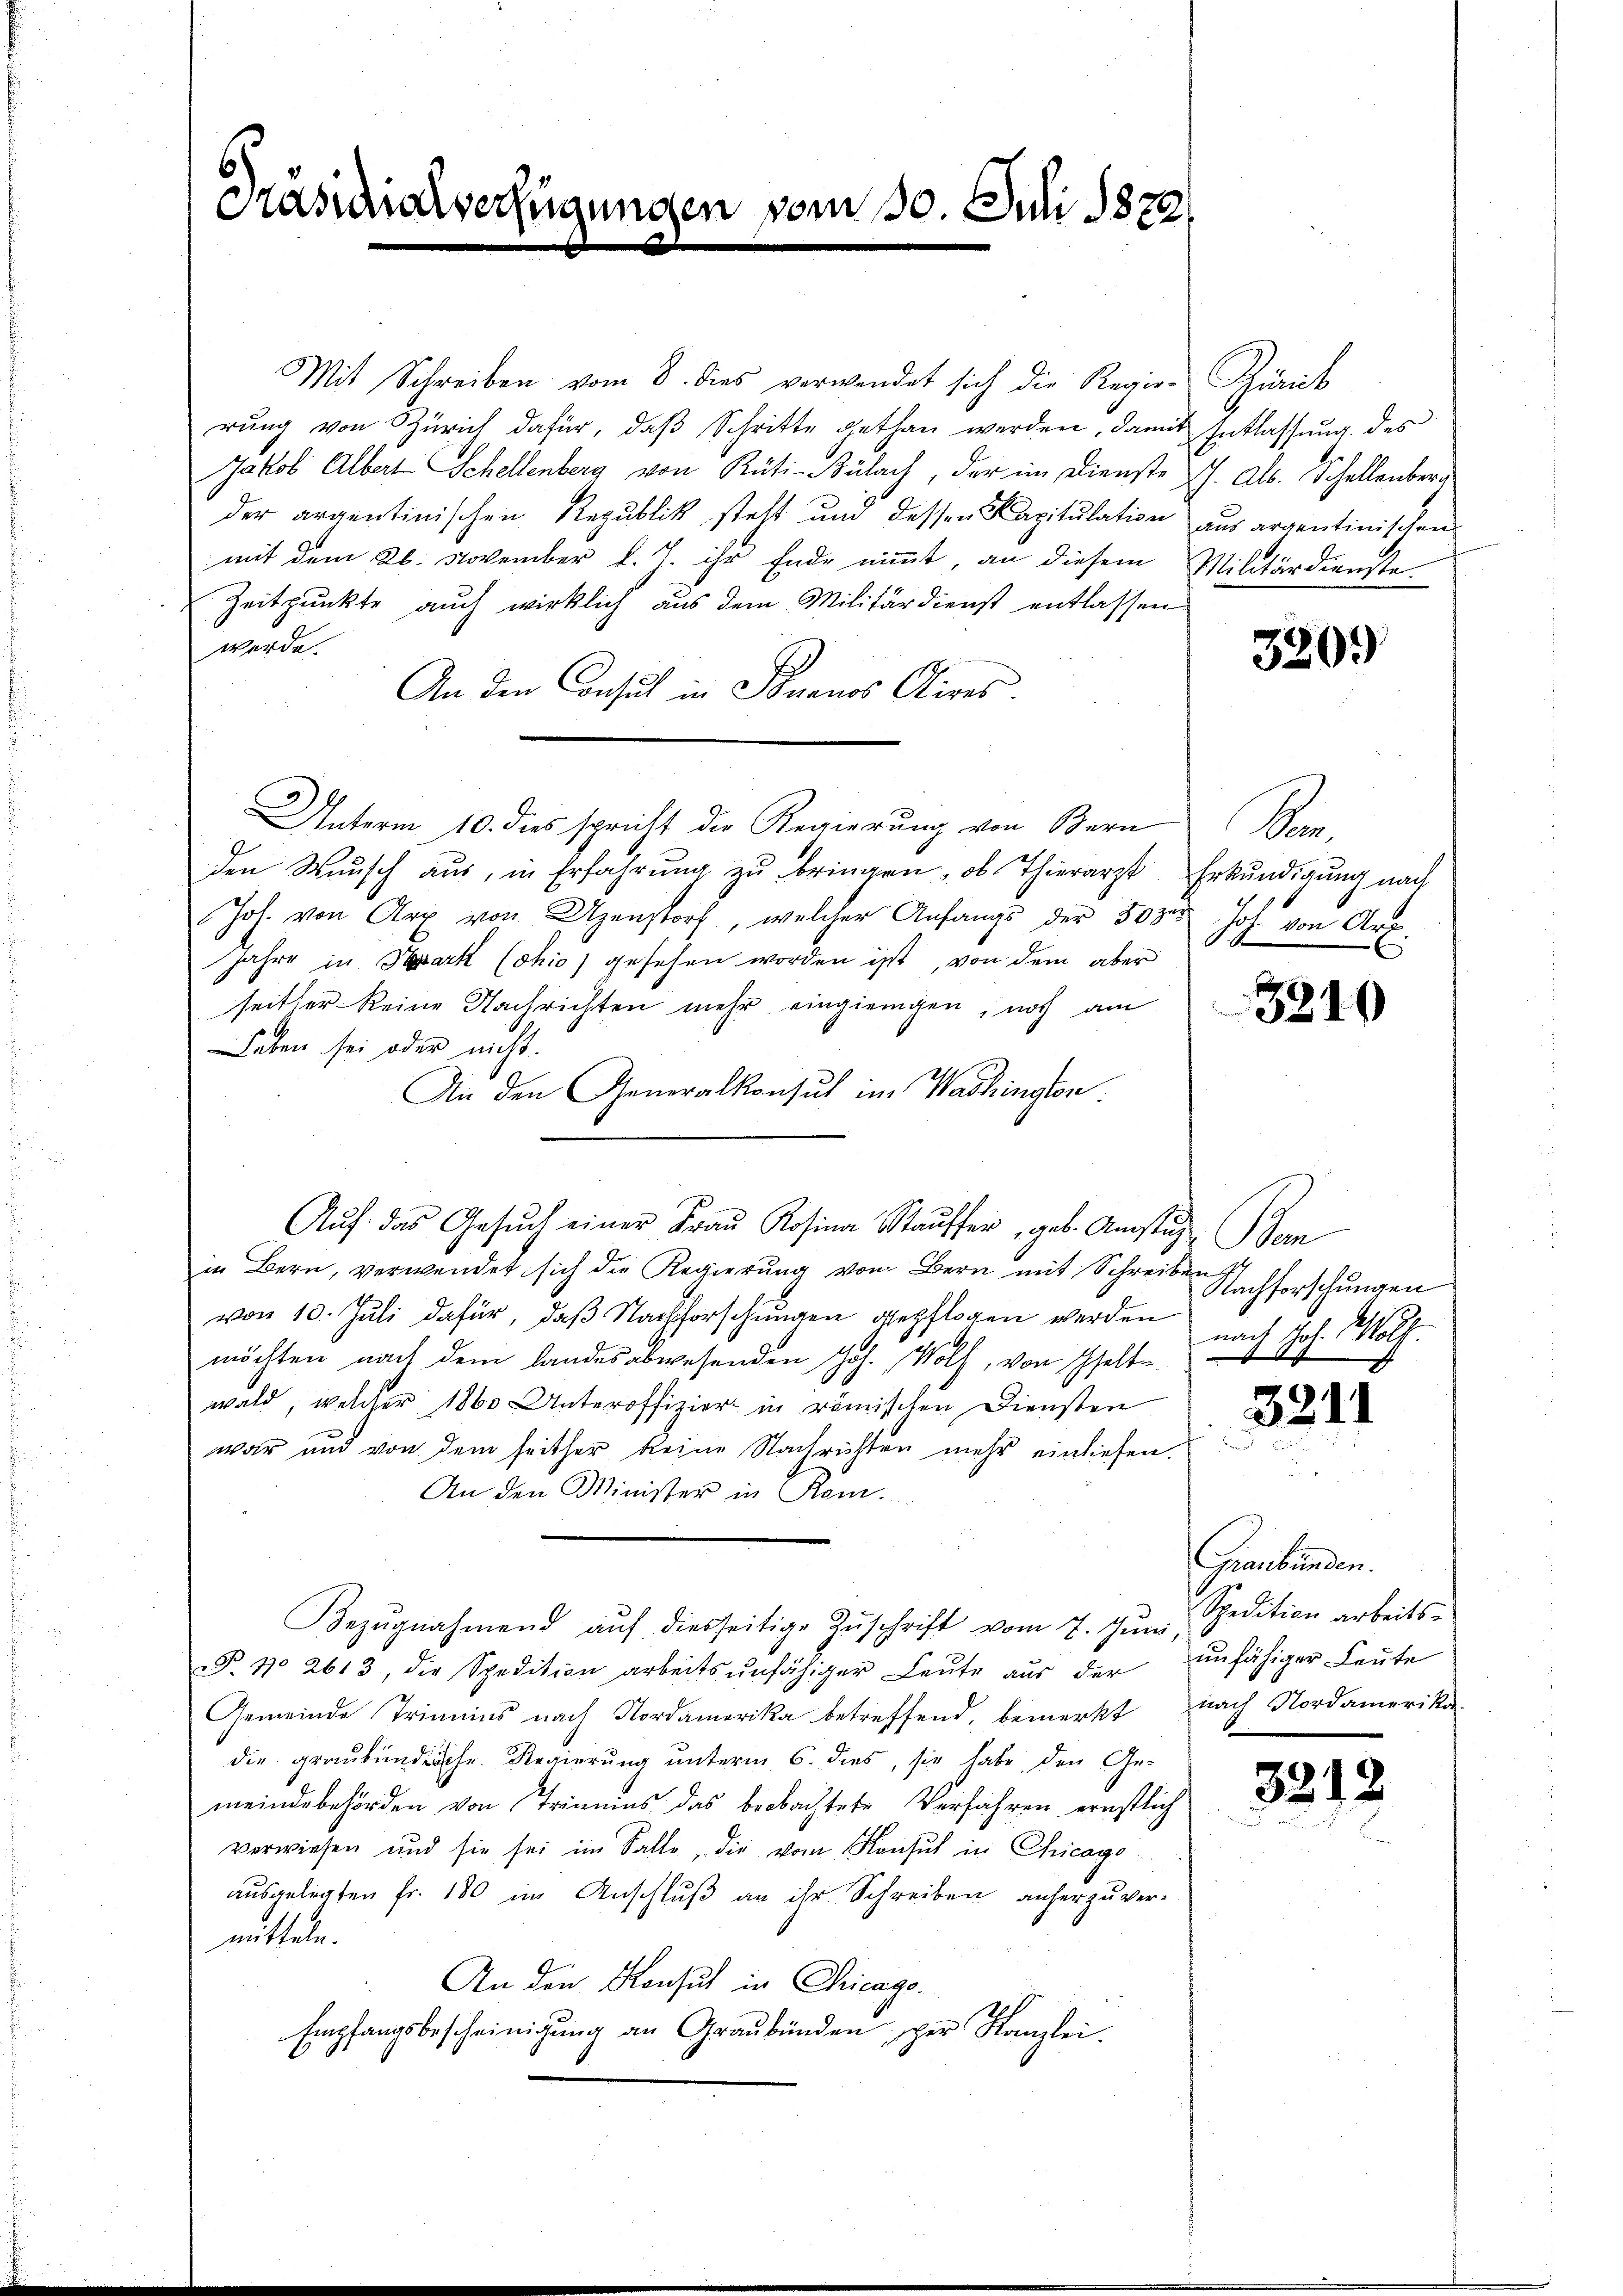
Grasanoverfügungen vom 30. Juli 1879

Mit Schreiben vom 8. dies verwendet sich die Regie-Zürich
rung von Zürich dafür, daß Schritte gethan werden, damit Entlassung des
Jakob Albert Schellenberg von Rüti-Bülach, der im Dienste J. Alb. Schellenberg
der argentinischen Republik steht und dessen Kapitulation aus argentinischen
mit dem 26. November l. J. ihr Ende nimmt, an diesem Militärdienste.
Zeitpunkte auch wirklich aus dem Militärdienst entlassen
werde.
An den Consul in Sonanos Aires.
Unterm 10. dies spricht die Regierung von Bern Bern,
den Wunsch aus, in Erfahrung zu bringen, ob Thierarzt. Erkundigung nach
Joh. von Arx von Uzenstorf, welcher Anfangs der 50 per Joh. von Art.
Jahre in Park (ohio) gesehen worden ist, von dem aber
seither keine Nachrichten mehr eingienigen, noch am
Leben sei oder nicht.
An den Generalkonsul im Washingen
Aŭf das Gesŭch einer Fraŭ Rosina Staŭffer, geb. Amstagen
in Bern, verwendet sich die Regierung von Bern mit Schreiben
von 10. Juli dafür, daß Nachforschungen gepflogen werden
möchten nach dem landesabwesenden Joh. Wolf, von selte
wald, welcher 1860 Unteroffizier in römischen Diensten

war und von dem seither keine Nachrichten mehr einliefen.
An den Minister in Rei
Bezŭgnahmend aŭf diesseitige Zŭschrift vom 7. Jŭni,
F. No 2613, die Spedition arbeitsunfähiger Leŭte aŭs der ŭnfähiger Leŭte
Gemeinde Trinius nach Nordamerika betreffend, bemerkt nach Nordamerika
die graubünderschr. Regierung unterm 6. dies, sie habe den Gemeindebehörden von Trinius das beobachtete Verfahren ernstlich
verwiesen und sie sei im Falle, die vom Konsul in Chicago
ausgelegten Fr. 180 im Anschluß an der Schreiben anherzu vermitteln.
An den Konsul in Chicago
Empfangsbescheinigung an Graubünden, per Kanzlei.

330.

Nachforschungen
nach Joh. Wolf.

3211

Graubünden.
Spedition arbeits¬

321.